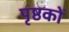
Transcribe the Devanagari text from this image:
पृष्ठकों